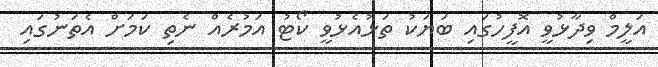
އަލީމް ވިދާޅުވީ އޮފީހުގައި ބަޔަކު ތަޅުއެޅުވީ ކޯޓު އަމުރެއް ނެތި ކަމަށް އެތަނުގައި